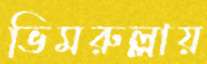
ভিমরুল্লায়